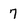
Character: 7